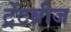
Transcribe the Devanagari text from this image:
ट्रेंटब्रीज